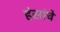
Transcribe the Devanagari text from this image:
हंसांचे